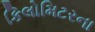
કિલોમિટરના